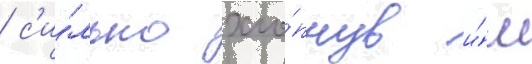
/ с'и́льно хло́пнув и́м